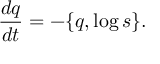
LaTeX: \frac { d q } { d t } = - \{ q , \log { s } \} .